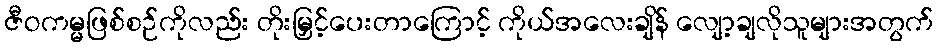
ဇီဝကမ္မဖြစ်စဉ်ကိုလည်း တိုးမြှင့်ပေးတာကြောင့် ကိုယ်အလေးချိန် လျော့ချလိုသူများအတွက်